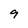
Character: 9